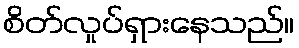
စိတ်လှုပ်ရှားနေသည်။